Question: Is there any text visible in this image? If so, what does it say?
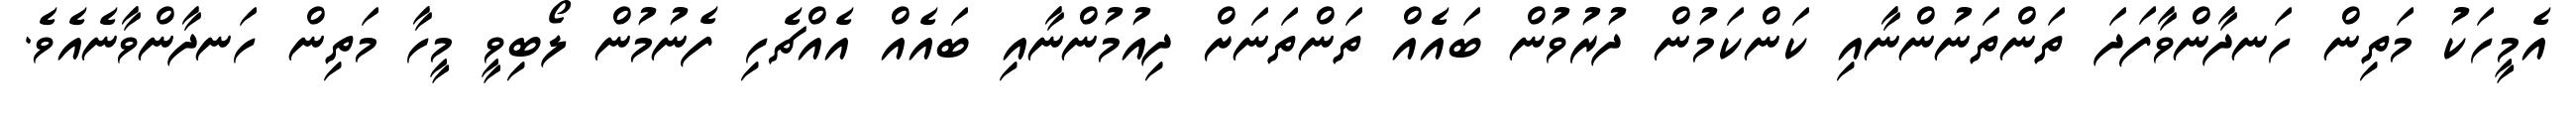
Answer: އެމީހަކު މަތިން ހަނދާންވާފަދަ ތަންތަނުންނާއި ކަންކަމުން ދުރުވުން ބައެއް ތަންތަނަށް ދިއުމުންނާއި ބައެއް އެއްޗެހި ފެނުމުން ލޯބިވީ މީހާ މަތިން ހަނދާންވާނެއެވެ.